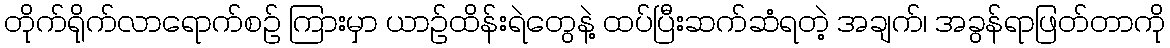
တိုက်ရိုက်လာရောက်စဉ် ကြားမှာ ယာဉ်ထိန်းရဲတွေနဲ့ ထပ်ပြီးဆက်ဆံရတဲ့ အချက်၊ အခွန်ရာဖြတ်တာကို